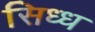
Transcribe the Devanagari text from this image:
सिध्ध